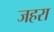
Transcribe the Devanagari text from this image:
जहरा